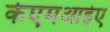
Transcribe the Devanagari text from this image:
केएमआईए